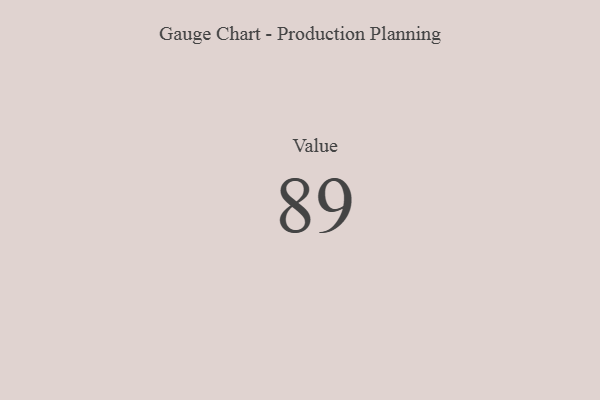
{"axis": {"x": "Metric", "y": "Value"}, "legend": [""], "data": [{"x": "Value", "y": 89, "type": ""}]}